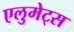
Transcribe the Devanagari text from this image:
एलुमेट्स